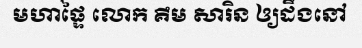
មហាផ្ទៃ លោក គឹម សារិន ឲ្យដឹងនៅ